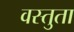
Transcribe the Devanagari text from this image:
वस्तुता